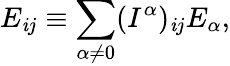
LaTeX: E_{\mathit{i}j}\equiv\sum_{\alpha\neq0}(I^{\alpha})_{\mathit{i}j}E_{\alpha},